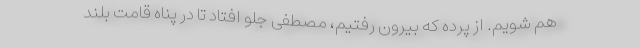
هم شویم. از پرده که بیرون رفتیم، مصطفی جلو افتاد تا در پناه قامت بلند